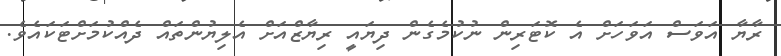
ރާޔާ އަވަސް އަވަހަށް އެ ކޮޓަރިން ނުކުމެގެން ދިޔައީ ރިޔާޒްއަށް އެލިޔުންތައް ދެއްކުމަށްޓަކައެވެ.